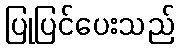
ပြုပြင်ပေးသည်